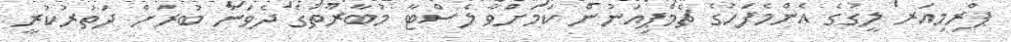
ޕްރިމިއަރ ލީގުގެ އެންމެފަހުގެ ޗެމްޕިއަނުން ކަމަށްވާ ލެސްޓާ މުބާރާތުގެ ދެވަނަ ބުރަށް ދަތުރުކުރީ